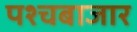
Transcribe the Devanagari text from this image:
पश्चबाजार